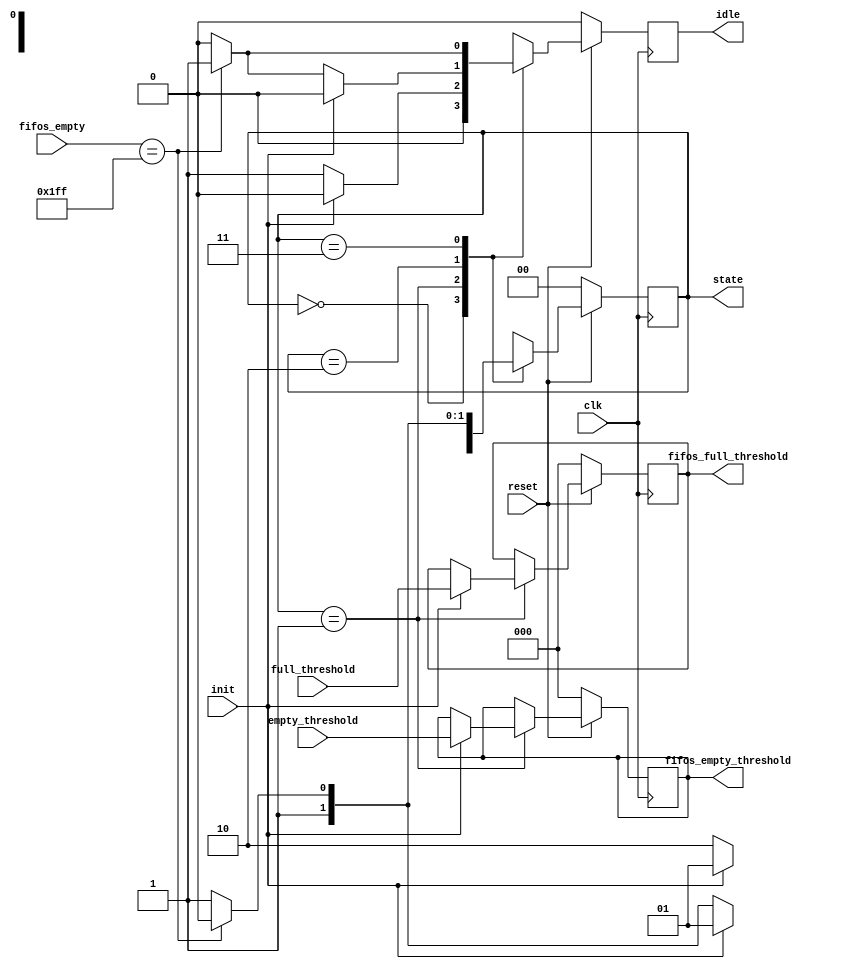
module maquina_estado #(
	// Tamao de la memoria completa
    // parameter MEM_SIZE = 8,
	// Tamao de cada celda de memoria, [11:10] clase [9:8] destino [7:0] datos
    // parameter WORD_SIZE = 12,
	// Cantidad de bits para referenciar la memoria completa
	// ptr = log2(MEM_SIZE)
    parameter PTR = 3
) (
	input clk,
	input reset,
    input init,
    input [PTR-1:0] full_threshold,
    input [PTR-1:0] empty_threshold,
    input [8:0] fifos_empty, 
	output reg [PTR-1:0] fifos_full_threshold,
    output reg [PTR-1:0] fifos_empty_threshold,
    output reg idle,
    output reg [1:0] state
	
);
	parameter RESET = 'd0;   
	parameter INIT = 'd1;       // Estado luego de reset
	parameter IDLE = 'd2;       // Si no esta vacio pasa a Active
	parameter ACTIVE = 'd3;     //Si esta vacio

	always @(posedge clk) begin
		if (!reset) begin
			state <= RESET;
            idle <= 0;
            fifos_empty_threshold <= 0;
            fifos_full_threshold <= 3'b0;
		end
		else begin
			case (state)
				RESET:
                begin
                    state <= INIT;
                    idle <= 0;
                end
                INIT:
				begin
                    if (init) begin
                        state <= INIT;
                        idle <= 0;
                        fifos_full_threshold <= full_threshold;
                        fifos_empty_threshold <= empty_threshold;
                    end
                    else begin
                        state <= IDLE;
                        idle <= 1;
                    end
				end
				IDLE:
				begin
                    if (init) begin
                        state <= INIT;
                        idle <= 0;
                    end
                    else begin
                        if (fifos_empty == 'b111111111) begin
                            state <= IDLE;
                            idle <= 1;
                        end 
                        else begin
                            state <= ACTIVE;
                            idle <= 0;
                        end
                    end
				end
				ACTIVE:
				begin
					if (fifos_empty == 'b111111111) begin
                        state <= IDLE;
                        idle <= 1;
                    end
                    else begin
                        state <= ACTIVE;
                        idle <= 0;
                    end
                end
			endcase
		end
	end
endmodule